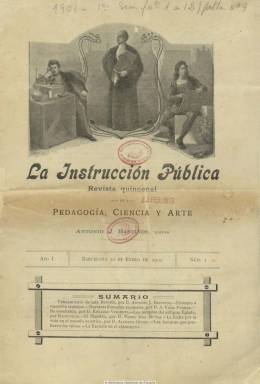
Título: La Instrucción pública
Colección: Educación
Ámbito geográfico: Barcelona
Lugar de publicación: Barcelona
Fechas: 10/01/1902-25/06/1902

Con el subtítulo “revista quincenal de pedagogía, ciencia y arte”, comienza a publicarse el diez de enero de 1902, siendo su editor Antonio J. Bastinos, cuyo padre había sido el fundador y director de la revista barcelonesa de educación más longeva -El monitor de la primera enseñanza: 1859-1928-, y cuya familia, desde mediados el siglo diecinueve, había constituido Casa Editorial y librería en la capital catalana. El director de la nueva revisa será el pedagogo A. Augusto Vidal Perera (1872-1922) -cuyo segundo apellido original es Parera-, catedrático entonces de la Escuela Normal de Barcelona, en cuya ciudad también establecerá una Clínica Pedagógica, especializada en psiquiatría infantil, que ostentará la presidencia de la Academia de Ciencias Pedagógicas y más tarde hará alguna incursión en la política.

En su presentación, el editor señala que viene a continuar la labor del Boletín pedagógico español (1900), que había dirigido el malogrado Santiago Arnal, a la vez que hace gala a favor de la educación integral como palanca del progreso, e indicará que su programa es dar a conocer el pensamiento de los más ilustrados maestros de la ciencia pedagógica y los modernos descubrimientos, además de tratar sobre asuntos de historia, geografía, ciencias naturales o arte. Los textos sobre estas materias estarán ilustrados con fotograbados. La revista cuenta también con las secciones de La escuela en el extranjero, Pensamientos y Bibliografía, relacionada esta con la enseñanza, así como alguna necrología.

Sus colaboradores serán catedráticos, profesores y maestros y algún publicista, y entre las firmas de sus textos aparecen las de Eduardo Vincenti y Reguera (que había sido director general de Instrucción Pública), Pedro Díaz Muñoz, Alfredo Opisso, Luciana Casilda Monreal de Lozano, Eugenio García Barbarín, R. Pomés y Soler, Pedro Díaz Muñoz, Andrés Cabré y Brú y Melchor García Sánchez, entre otros. Al final de su primer número, da cuenta de una relación de los redactores y colaboradores con los que iba a contar.

Apareció los días 10 y 25 de cada mes, en entregas de 16 páginas, compuestas a dos columnas y con la cabecera ilustrada. En su número 12, correspondiente al 25 de junio del mismo año, anuncia sus suspensión, por lo que su vida apenas cumple un semestre.